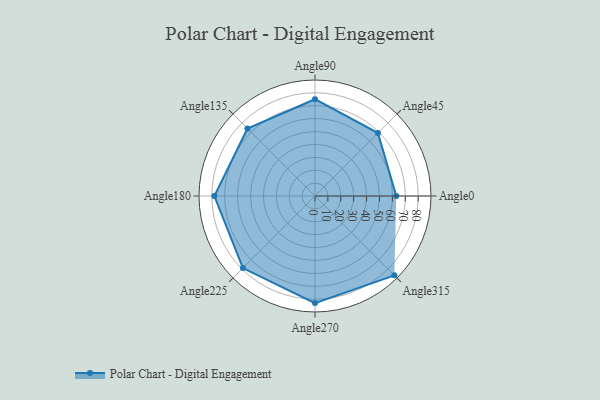
{"axis": {"x": "Angle", "y": "Radius"}, "legend": [""], "data": [{"x": "Angle0", "y": 63.0, "type": ""}, {"x": "Angle45", "y": 69.0, "type": ""}, {"x": "Angle90", "y": 75.0, "type": ""}, {"x": "Angle135", "y": 74.0, "type": ""}, {"x": "Angle180", "y": 78.0, "type": ""}, {"x": "Angle225", "y": 79.0, "type": ""}, {"x": "Angle270", "y": 83.0, "type": ""}, {"x": "Angle315", "y": 87.0, "type": ""}]}